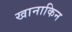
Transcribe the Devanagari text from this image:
खानाकिन